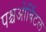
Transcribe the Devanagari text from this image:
पश्चओर्बिटल